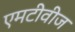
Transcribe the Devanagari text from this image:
एमटीवीज